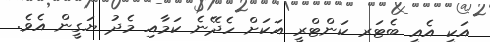
އަކީ އެއީ ބެޓަރ ކަންޓްރީ އަކަށް ހެދޭނެ ކަމާއި މެދު ޔަގީން އެވެ.